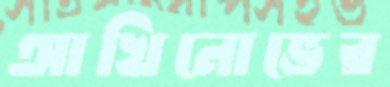
আখিনোভের